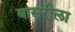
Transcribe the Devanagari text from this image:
बासरीला